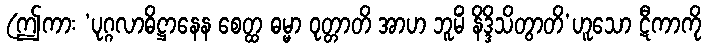
(ဤကား ‘ပုဂ္ဂလာဓိဋ္ဌာနေန စေတ္ထ ဓမ္မာ ဝုတ္တာတိ အာဟ ဘူမိံ နိဒ္ဒိသိတွာတိ’ဟူသော ဋီကာကို